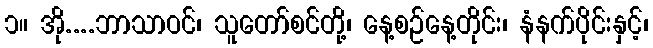
၁။ အို....ဘာသာဝင်၊ သူတော်စင်တို့၊ နေ့စဉ်နေ့တိုင်း၊ နံနက်ပိုင်းနှင့်၊